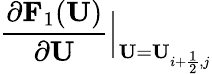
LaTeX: \frac{\partial\mathbf{F}_{1}(\mathbf{U})}{\partial\mathbf{U}}\Big|_{\mathbf{U}=\mathbf{U}_{i+\frac{1}{2},j}}